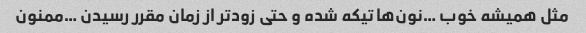
مثل همیشه خوب …نون‌ها تیکه شده و حتی زودتر از زمان مقرر رسیدن …ممنون